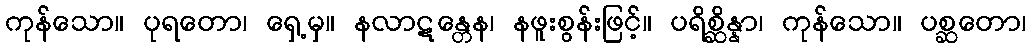
ကုန်သော။ ပုရတော၊ ရှေ့မှ။ နလာဋန္တေန၊ နဖူးစွန်းဖြင့်။ ပရိစ္ဆိန္နာ၊ ကုန်သော။ ပစ္ဆတော၊